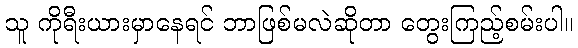
သူ ကိုရီးယားမှာနေရင် ဘာဖြစ်မလဲဆိုတာ တွေးကြည့်စမ်းပါ။